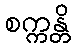
စက္ကန္တိ